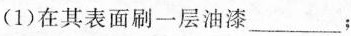
(1) 在其表面刷一层油漆___；